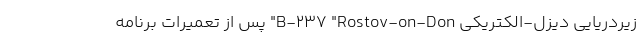
زیردریایی دیزل-الکتریکی B-237 "Rostov-on-Don" پس از تعمیرات برنامه